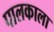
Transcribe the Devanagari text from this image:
पालकाला